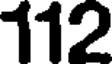
112